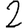
Digit: 2